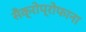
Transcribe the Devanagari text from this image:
सैक्रोप्रोफाना